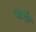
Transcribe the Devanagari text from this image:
वर्णः